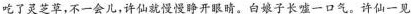
吃了灵芝草，不一会儿，许仙就慢慢睁开眼睛。白娘子长嘘一口气。许仙一见